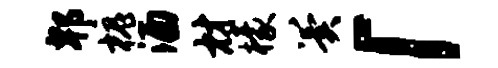
郫槐酒材檬翼「